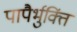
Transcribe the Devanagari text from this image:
पापैर्भुक्तिं